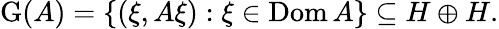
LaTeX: \operatorname{G}(A)=\{ (\xi,A\xi):\xi\in\operatorname{Dom}A\} \subseteq H\oplus H.